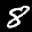
Label: 8